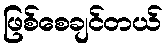
ဖြစ်စေချင်တယ်